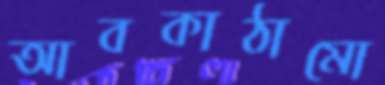
আবকাঠামো